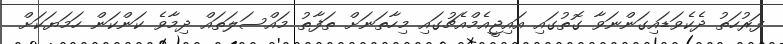
ފަރުހަތު ދެކެވަޑައިގަންނަވާ ގޮތުގައި އައިޖީއެމްއެޗުގައި މިހާތަނަށް ތަފާތު މައްސަލަތައް ދިމާވެ ކަންކަން ހަމަޔަކަށް